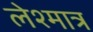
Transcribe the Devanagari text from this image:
लेश्मात्र